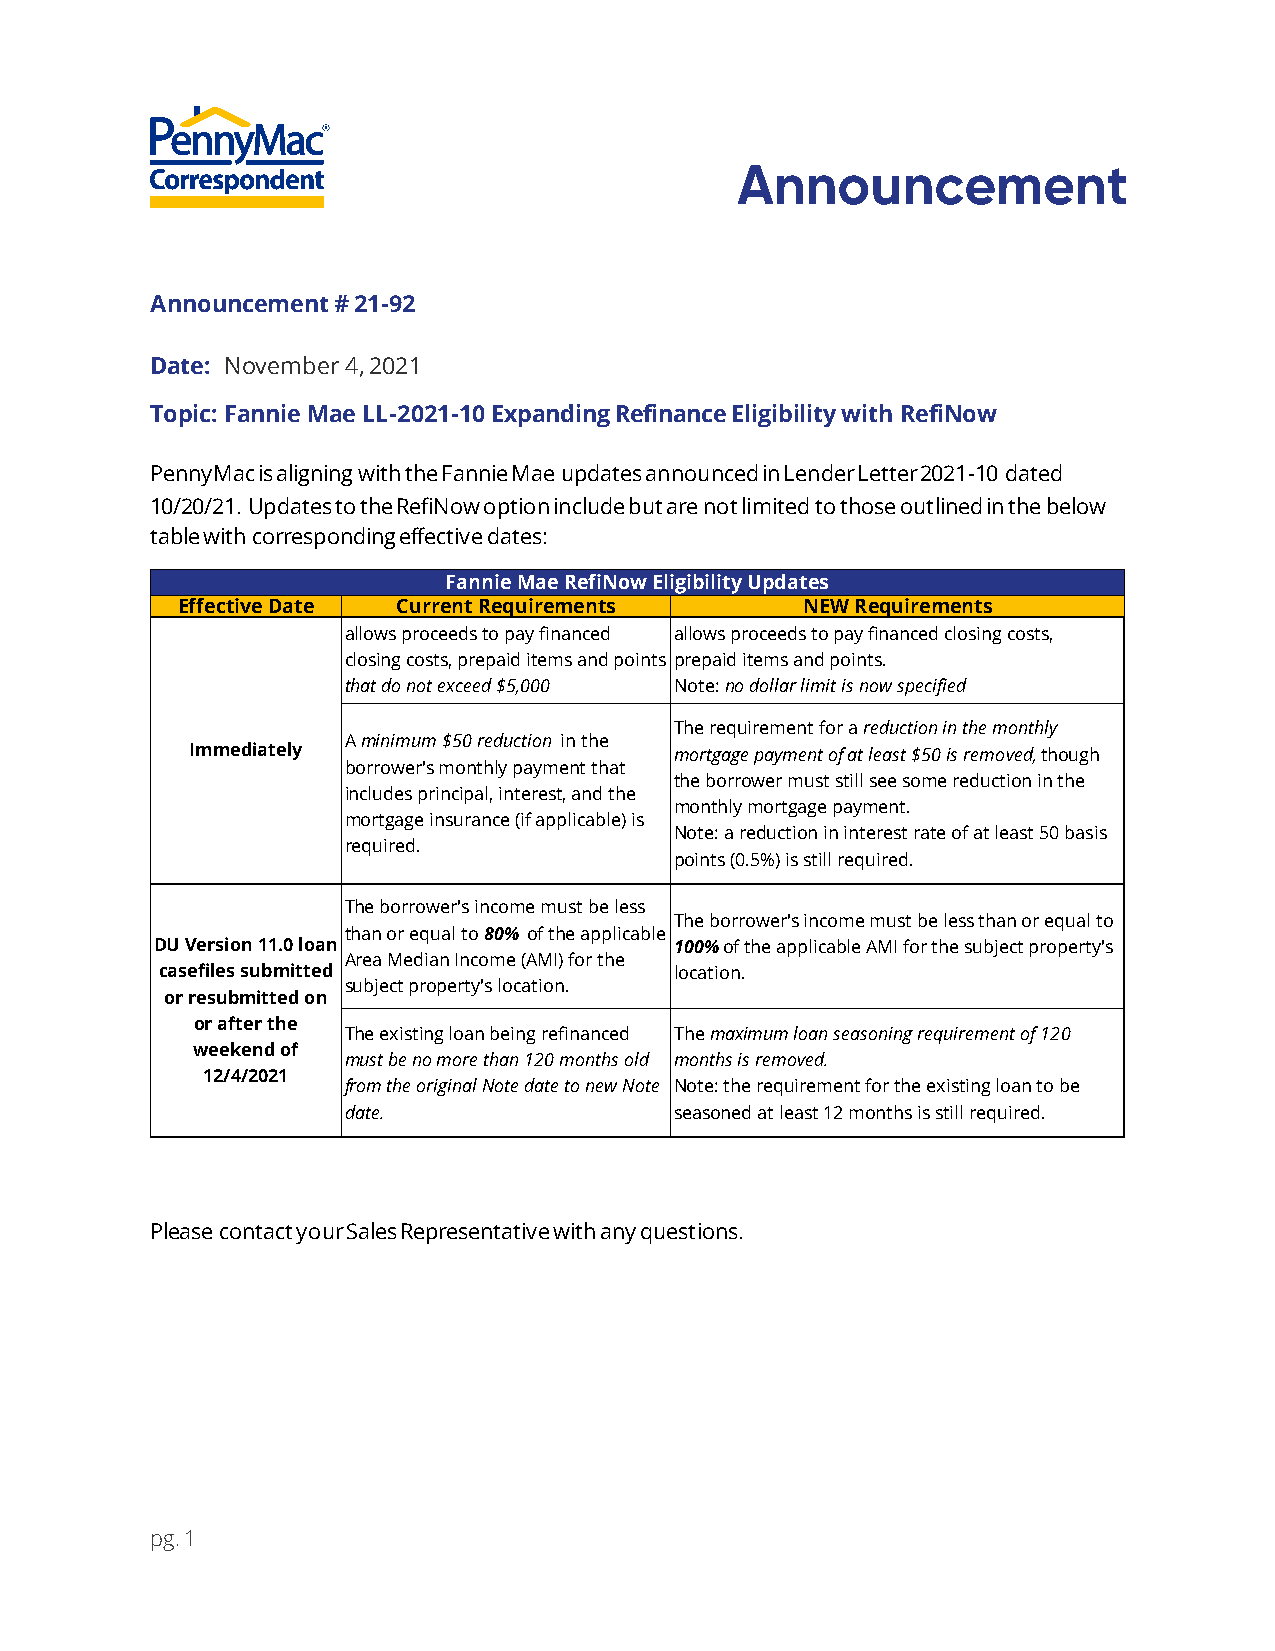
Announcement # 21-92
 Date: November 4, 2021
 Topic: Fannie Mae LL-2021-10 Expanding Refinance Eligibility with RefiNow
 PennyMac is aligning with the Fannie Mae updates announced in Lender Letter 2021-10 dated
 10/20/21. Updates to the RefiNow option include but are not limited to those outlined in the below
 table with corresponding effective dates:
 Fannie Mae RefiNow Eligibility Updates
 Effective Date Current Requirements      NEW Requirements
 allows proceeds to pay financed allows proceeds to pay financed closing costs,
 closing costs, prepaid items and points prepaid items and points.
 that do not exceed $5,000 Note: no dollar limit is now specified
 The requirement for a reduction in the monthly
 A minimum $50 reduction in the
 Immediately                     mortgage payment of at least $50 is removed,though
 borrower's monthly payment that
 the borrower must still see some reduction in the
 includes principal, interest, and the
 monthly mortgage payment.
 mortgage insurance (if applicable) is
 Note: a reduction in interest rate of at least 50 basis
 required.
 points (0.5%) is still required.
 The borrower's income must be less
 The borrower's income must be less than or equal to
 than or equal to 80% of the applicable
 DU Version 11.0 loan               100%of the applicable AMI for the subject property's
 Area Median Income (AMI) for the
 casefiles submitted               location.
 subject property's location.
 or resubmitted on
 or after the
 The existing loan being refinanced The maximum loan seasoning requirement of 120
 weekend of
 must be no more than 120 months old months is removed.
 12/4/2021
 from the original Note date to new Note Note: the requirement for the existing loan to be
 date.                 seasoned at least 12 months is still required.
 Please contact your Sales Representative with any questions.
 pg. 1